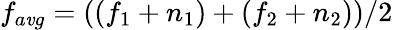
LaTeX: f_{a\mathit{v}g}=((f_{1}+n_{1})+(f_{2}+n_{2}))/2